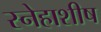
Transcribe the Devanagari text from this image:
स्नेहाशीष